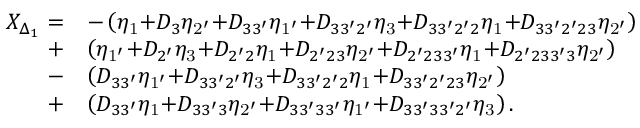
\begin{array} { r l } { X _ { \Delta _ { 1 } } = } & { - \left( { { \eta _ { \mathrm { { 1 } } } } { \mathrm { + } } { D _ { 3 } } { \eta _ { \mathrm { { 2 ^ { \prime } } } } } { \mathrm { + } } { D _ { 3 3 ^ { \prime } } } { \eta _ { \mathrm { { 1 ^ { \prime } } } } } { \mathrm { + } } { D _ { 3 3 ^ { \prime } 2 ^ { \prime } } } { \eta _ { \mathrm { { 3 } } } } { \mathrm { + } } { D _ { 3 3 ^ { \prime } 2 ^ { \prime } 2 } } { \eta _ { \mathrm { { 1 } } } } { \mathrm { + } } { D _ { 3 3 ^ { \prime } 2 ^ { \prime } 2 3 } } { \eta _ { \mathrm { { 2 ^ { \prime } } } } } } \right) } \\ { + } & { \left( { { \eta _ { { \mathrm { 1 ^ { \prime } } } } } \mathrm { { + } } { D _ { 2 ^ { \prime } } } { \eta _ { \mathrm { 3 } } } \mathrm { { + } } { D _ { 2 ^ { \prime } 2 } } { \eta _ { \mathrm { 1 } } } \mathrm { { + } } { D _ { 2 ^ { \prime } 2 3 } } { \eta _ { { \mathrm { 2 ^ { \prime } } } } } \mathrm { { + } } { D _ { 2 ^ { \prime } 2 3 3 ^ { \prime } } } { \eta _ { \mathrm { 1 } } } \mathrm { { + } } { D _ { 2 ^ { \prime } 2 3 3 ^ { \prime } 3 } } { \eta _ { { \mathrm { 2 ^ { \prime } } } } } } \right) } \\ { - } & { \left( { { D _ { 3 3 ^ { \prime } } } { \eta _ { \mathrm { { 1 ^ { \prime } } } } } { \mathrm { + } } { D _ { 3 3 ^ { \prime } 2 ^ { \prime } } } { \eta _ { \mathrm { { 3 } } } } { \mathrm { + } } { D _ { 3 3 ^ { \prime } 2 ^ { \prime } 2 } } { \eta _ { \mathrm { { 1 } } } } { \mathrm { + } } { D _ { 3 3 ^ { \prime } 2 ^ { \prime } 2 3 } } { \eta _ { \mathrm { { 2 ^ { \prime } } } } } } \right) } \\ { + } & { \left( { { D _ { 3 3 ^ { \prime } } } { \eta _ { \mathrm { 1 } } } \mathrm { { + } } { D _ { 3 3 ^ { \prime } 3 } } { \eta _ { { \mathrm { 2 ^ { \prime } } } } } \mathrm { { + } } { D _ { 3 3 ^ { \prime } 3 3 ^ { \prime } } } { \eta _ { { \mathrm { 1 ^ { \prime } } } } } \mathrm { { + } } { D _ { 3 3 ^ { \prime } 3 3 ^ { \prime } 2 ^ { \prime } } } { \eta _ { \mathrm { 3 } } } } \right) . } \end{array}